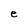
Character: e